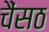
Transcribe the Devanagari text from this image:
चैंसठ